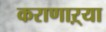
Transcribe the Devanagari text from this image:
कराणाऱ्या